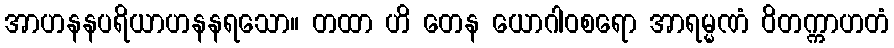
အာဟနနပရိယာဟနနရသော။ တထာ ဟိ တေန ယောဂါဝစရော အာရမ္မဏံ ဝိတက္ကာဟတံ